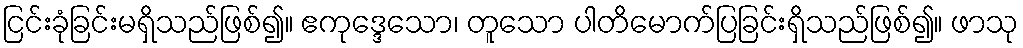
ငြင်းခုံခြင်းမရှိသည်ဖြစ်၍။ ဧကုဒ္ဒေသော၊ တူသော ပါတိမောက်ပြခြင်းရှိသည်ဖြစ်၍။ ဖာသု